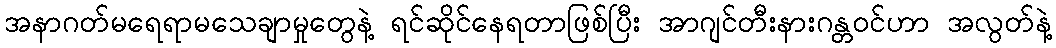
အနာဂတ်မရေရာမသေချာမှုတွေနဲ့ ရင်ဆိုင်နေရတာဖြစ်ပြီး အာဂျင်တီးနားဂန္တဝင်ဟာ အလွတ်နဲ့